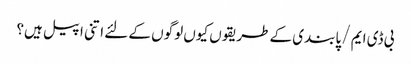
بی ڈی ایم / پابندی کے طریقوں کیوں لوگوں کے لئے اتنی اپیل ہیں؟